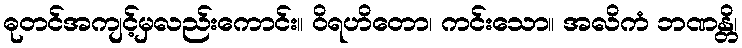
ဓုတင်အကျင့်မှလည်းကောင်း။ ဝိရဟိတော၊ ကင်းသော။ အလိကံ ဘဏန္တိ၊